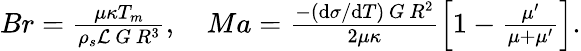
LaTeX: \begin{array}{r}{Br=\frac{\mu\kappa T_{m}}{\rho_{s}\mathcal{L}\, G\, R^{3}},\quad Ma=\frac{-(\mathrm{d}\sigma/\mathrm{d}T)\, G\, R^{2}}{2\mu\kappa}\left[1-\frac{\mu^{\prime}}{\mu+\mu^{\prime}}\right].}\end{array}